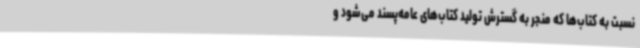
نسبت به کتاب‌ها که منجر به گسترش تولید کتاب‌های عامه‌پسند می‌شود و